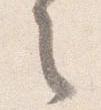
之